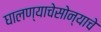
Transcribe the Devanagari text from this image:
घालण्याचेसोन्याचे